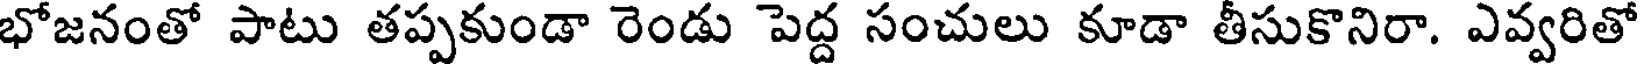
భోజనంతో పాటు తప్పకుండా రెండు పెద్ద సంచులు కూడా తీసుకొనిరా. ఎవ్వరితో